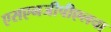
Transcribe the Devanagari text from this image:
एसएनजीपीएलचा